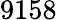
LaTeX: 9158